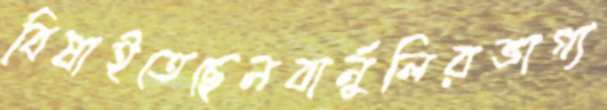
বিষাইতেছেনবার্নুলিরভাগ্য